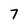
Character: 7